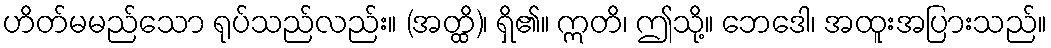
ဟိတ်မမည်သော ရုပ်သည်လည်း။ (အတ္ထိ)၊ ရှိ၏။ ဣတိ၊ ဤသို့။ ဘေဒေါ၊ အထူးအပြားသည်။